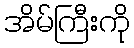
အိမ်ကြီးကို